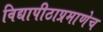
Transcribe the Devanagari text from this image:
विद्यापीठाप्रमाणेच